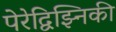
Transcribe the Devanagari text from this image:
पेरेद्विझ्निकी